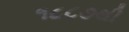
૧૮૮૭થી